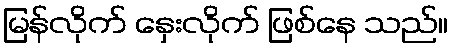
မြန်လိုက် နှေးလိုက် ဖြစ်နေ သည်။